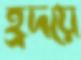
হ্রদয়ে